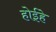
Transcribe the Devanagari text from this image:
होईहे